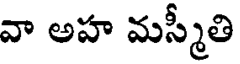
వా అహ మస్మీతి